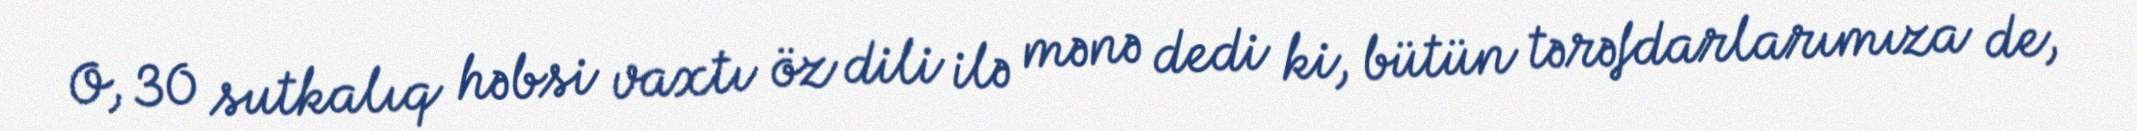
O, 30 sutkalıq həbsi vaxtı öz dili ilə mənə dedi ki, bütün tərəfdarlarımıza de,